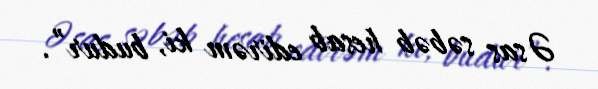
Əsas səbəb hesab edirəm ki, budur”.